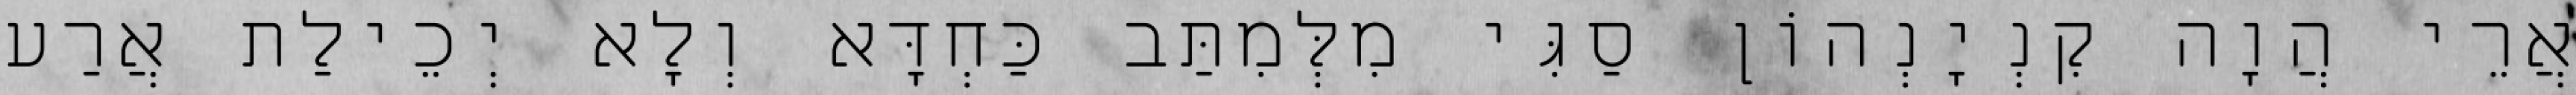
אֲרֵי הֲוָה קִנְיָנְהוֹן סַגִּי מִלְּמִתַּב כַּחְדָּא וְלָא יְכֵילַת אֲרַע